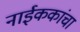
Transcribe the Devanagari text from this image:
नाईककांचा